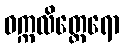
ဝက္ကလိတ္ထေရော